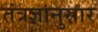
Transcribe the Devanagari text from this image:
तंत्रज्ञानुसार